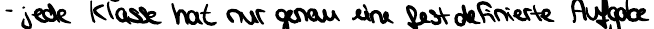
- jede Klasse hat nur genau eine fest definierte Aufgabe